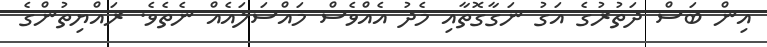
އިން ބަސް ދަތުރުގެ އަގު ނަގާގޮތާއި މެދު އެއްވެސް މައްސަލައެއް ނެތެވެ. ރައްޔިތުންގެ